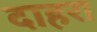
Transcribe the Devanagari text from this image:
दाहरा